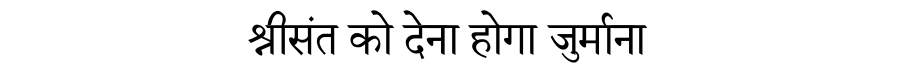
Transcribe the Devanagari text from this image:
श्रीसंत को देना होगा जुर्माना